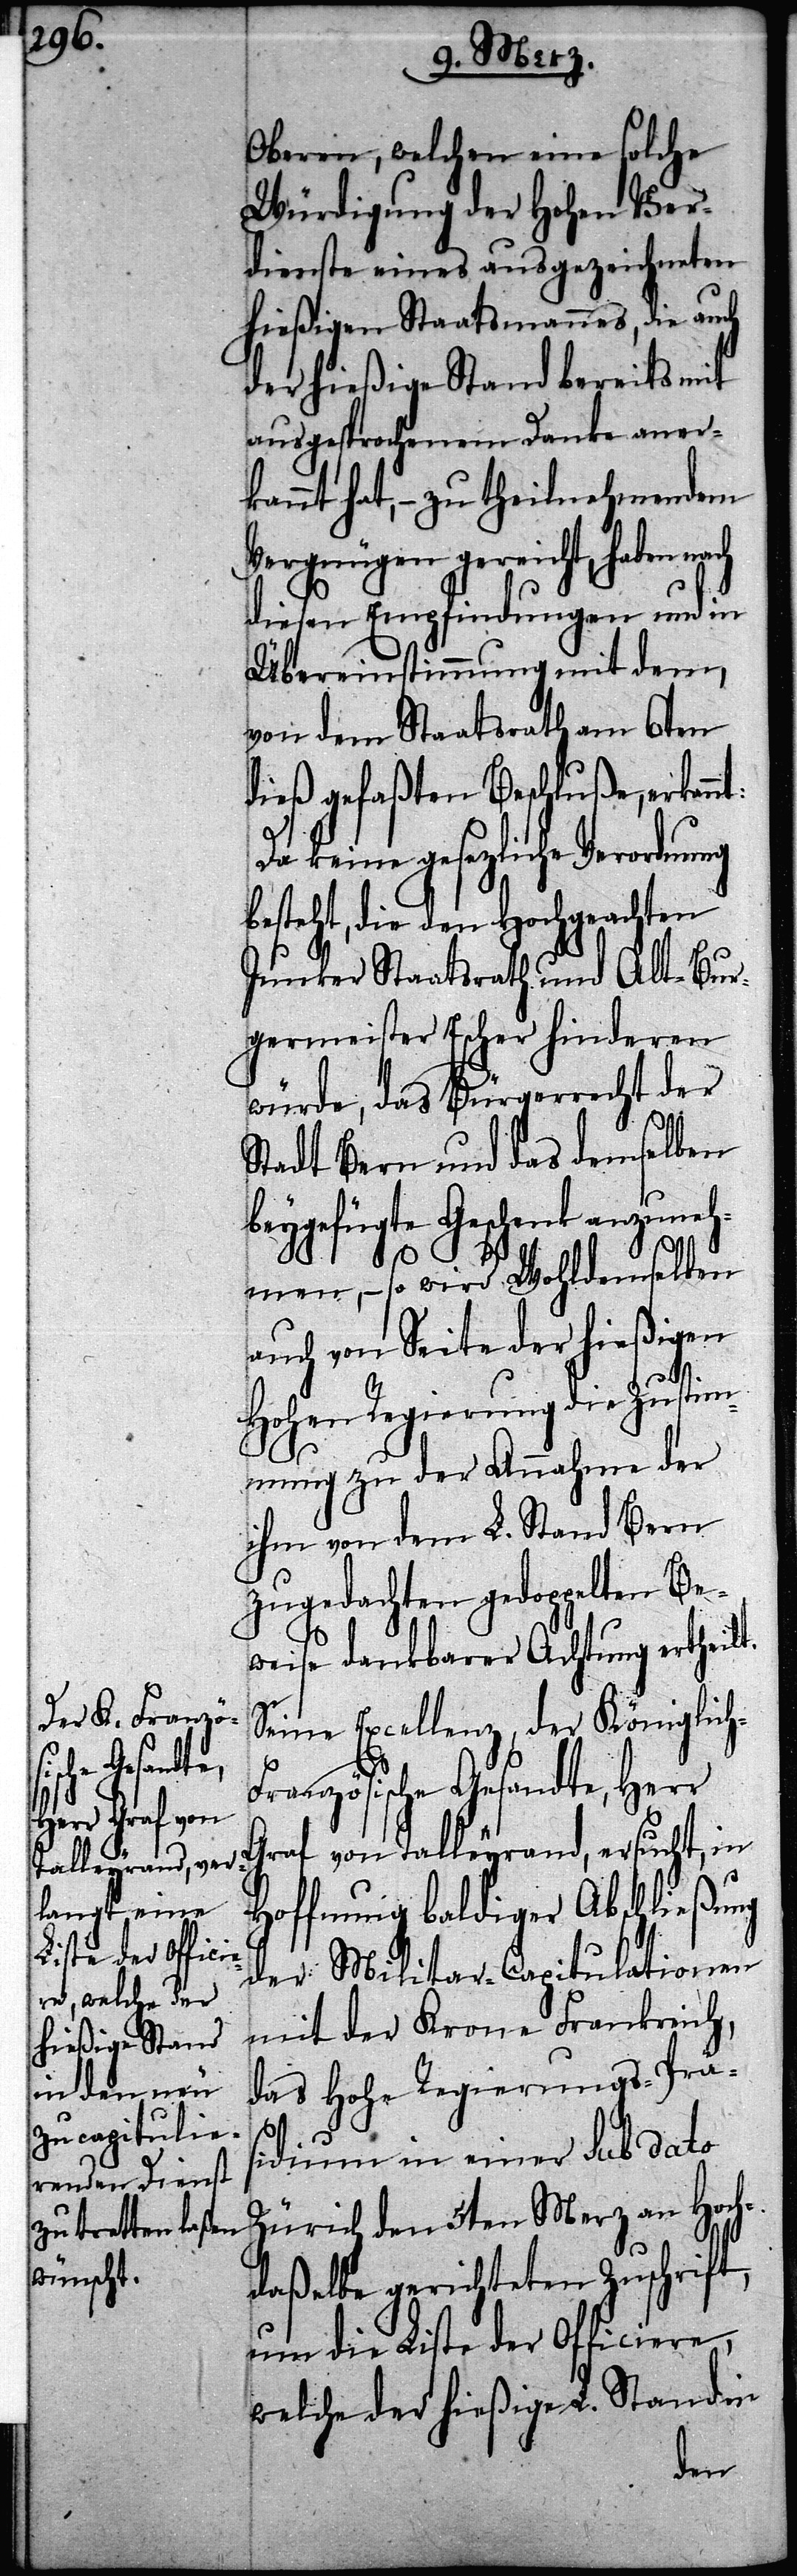
heilt.

Oberen, welchen eine solche
Würdigung der Hohen Ver¬
dienste eines ausgezeichneten
hießigen Staatsmannes, die auch
der hießige Stand bereits mit
ausgesprochenem Danke aner¬
kannt hat, – zu theilnehmendem
Vergnügen gereicht, haben
diesen Empfindungen und in
Übereinstimmung mit dem,
von dem Staatsrath am 6ten
dieß gefaßten Beschluße, erkannt:
Da keine gesezliche Verordnung
besteht, die den Hochgeachten
Junker Staatsrath und Alt-Bur¬
germeister Escher hinderen
würde, das Bürgerrecht der
Stadt Bern und das demselben
beygefügte Geschenk anzune¬
hmen, – so wird Wohldemselben
auch von Seite der hießigen
Hohen Regierung die Zustim¬
mung zu der Annahme der
ihm von dem L. Stand Bern
zugedachten gedoppelten Be¬
weise dankbarer Achtung ert¬
Seine Excellenz, der Königlic¬
h-Französische Gesandte, Herr
Graf von Talleyrand, ersucht, in
Hoffnung baldiger Abschließung
der Militar-Capitulationen
mit der Krone Frankreich,
das hohe Regierungs-Prä¬
sidium in einer sub dato
Zürich den 5ten Merz an Hoch¬
daßelbe gerichteten Zuschrift,
um die Liste der Officiere,
welche der hießige L. Stand in